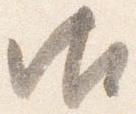
御